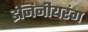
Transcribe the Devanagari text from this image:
इंजिनीयरंग